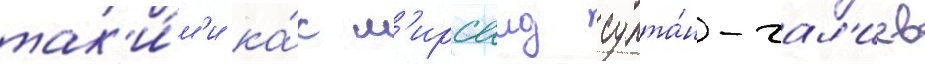
так'и́м'и ка́к м'ирсаид султа́н-гал'иев